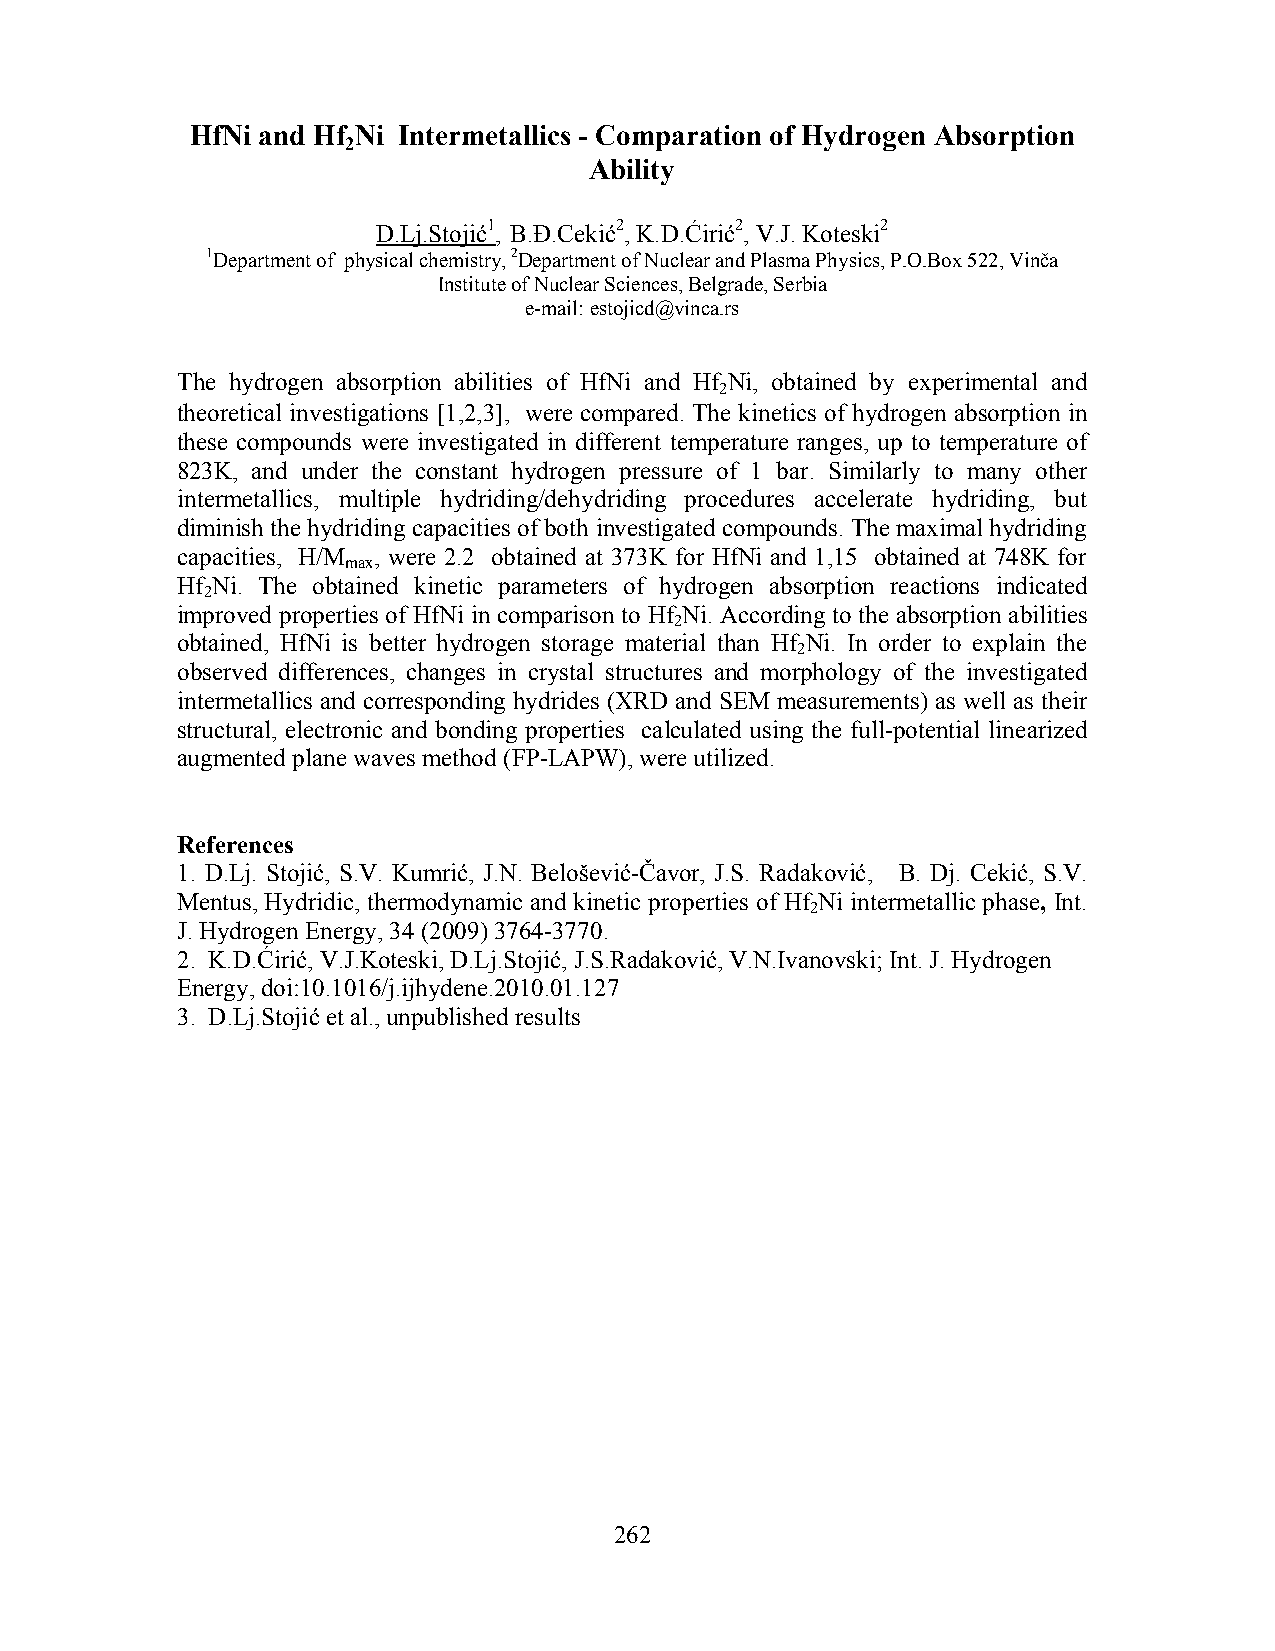
HfNi and Hf Ni Intermetallics - Comparation of Hydrogen Absorption
 2
 Ability
 D.Lj.Stojić1, B.Đ.Cekić2, K.D.Ćirić2, V.J. Koteski2
 1Department of physical chemistry, 2Department of Nuclear and Plasma Physics, P.O.Box 522, Vinča
 Institute of Nuclear Sciences, Belgrade, Serbia
 e-mail: estojicd@vinca.rs
 The hydrogen absorption abilities of HfNi and Hf Ni, obtained by experimental and
 2
 theoretical investigations [1,2,3], were compared. The kinetics of hydrogen absorption in
 these compounds were investigated in different temperature ranges, up to temperature of
 823K, and under the constant hydrogen pressure of 1 bar. Similarly to many other
 intermetallics, multiple hydriding/dehydriding procedures accelerate hydriding, but
 diminish the hydriding capacities of both investigated compounds. The maximal hydriding
 capacities, H/M , were 2.2 obtained at 373K for HfNi and 1,15 obtained at 748K for
 max
 Hf Ni. The obtained kinetic parameters of hydrogen absorption reactions indicated
 2
 improved properties of HfNi in comparison to Hf Ni. According to the absorption abilities
 2
 obtained, HfNi is better hydrogen storage material than Hf Ni. In order to explain the
 2
 observed differences, changes in crystal structures and morphology of the investigated
 intermetallics and corresponding hydrides (XRD and SEM measurements) as well as their
 structural, electronic and bonding properties calculated using the full-potential linearized
 augmented plane waves method (FP-LAPW), were utilized.
 References
 1. D.Lj. Stojić, S.V. Kumrić, J.N. Belošević-Čavor, J.S. Radaković, B. Dj. Cekić, S.V.
 Mentus, Hydridic, thermodynamic and kinetic properties of Hf Ni intermetallic phase, Int.
 2
 J. Hydrogen Energy, 34 (2009) 3764-3770.
 2. K.D.Ćirić, V.J.Koteski, D.Lj.Stojić, J.S.Radaković, V.N.Ivanovski; Int. J. Hydrogen
 Energy, doi:10.1016/j.ijhydene.2010.01.127
 3. D.Lj.Stojić et al., unpublished results
 262